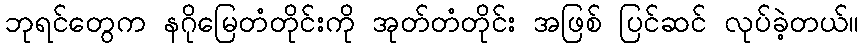
ဘုရင်တွေက နဂိုမြေတံတိုင်းကို အုတ်တံတိုင်း အဖြစ် ပြင်ဆင် လုပ်ခဲ့တယ်။